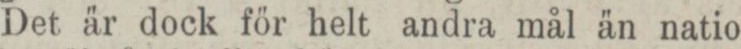
Det är dock för helt andra mål än natio-